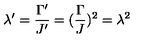
\lambda ^ { \prime } = \frac { \Gamma ^ { \prime } } { J ^ { \prime } } = ( \frac { \Gamma } { J } ) ^ { 2 } = \lambda ^ { 2 }